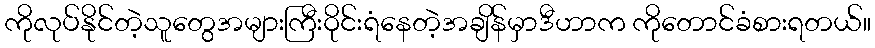
ကိုလုပ်နိုင်တဲ့သူတွေအများကြီးဝိုင်းရံနေတဲ့အချိန်မှာဒီဟာက ကိုတောင်ခံစားရတယ်။